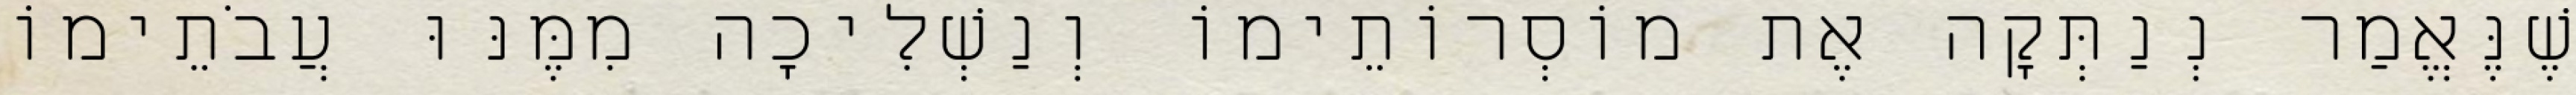
שֶׁנֶּאֱמַר נְנַתְּקָה אֶת מוֹסְרוֹתֵימוֹ וְנַשְׁלִיכָה מִמֶּנּוּ עֲבֹתֵימוֹ